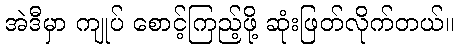
အဲဒီမှာ ကျုပ် စောင့်ကြည့်ဖို့ ဆုံးဖြတ်လိုက်တယ်။